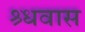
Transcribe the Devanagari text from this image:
श्र्धवास